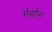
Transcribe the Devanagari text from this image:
मेर्थान